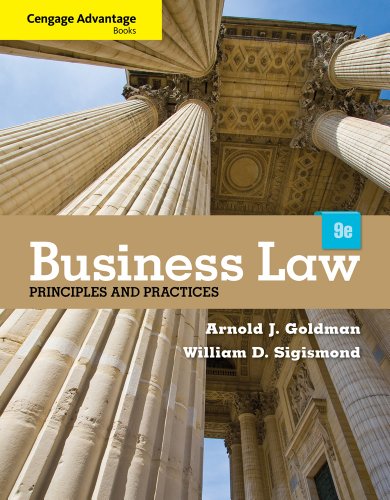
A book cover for Cengage Advantage Books: Business Law: Principles and Practices; Arnold J. Goldman; Law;